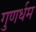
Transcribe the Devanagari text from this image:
गुणर्धम